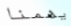
يهمنا